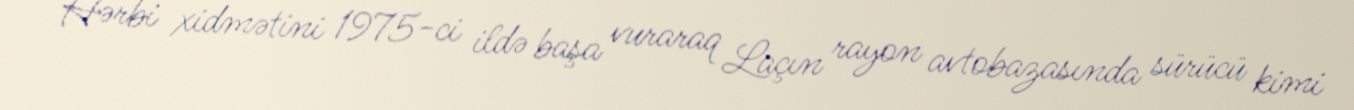
Hərbi xidmətini 1975-ci ildə başa vuraraq Laçın rayon avtobazasında sürücü kimi